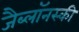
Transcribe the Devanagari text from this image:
जैब्लाॅनस्की